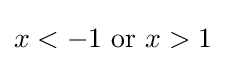
x<-1{\text{ or }}x>1